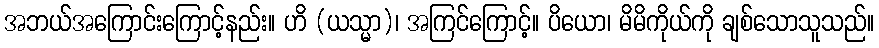
အဘယ်အကြောင်းကြောင့်နည်း။ ဟိ (ယသ္မာ)၊ အကြင်ကြောင့်။ ပိယော၊ မိမိကိုယ်ကို ချစ်သောသူသည်။